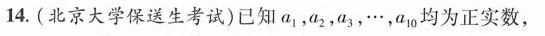
14.（北京大学保送生考试）已经a_{1},a_{2},a_{3},…，a_{10}均为正实数，